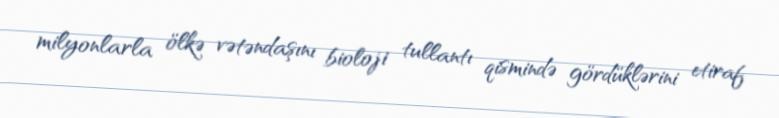
milyonlarla ölkə vətəndaşını bioloji tullantı qismində gördüklərini etiraf